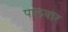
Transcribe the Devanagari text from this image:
पालवार